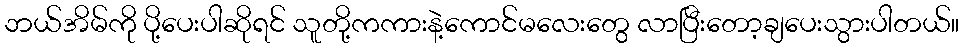
ဘယ်အိမ်ကို ပို့ပေးပါဆိုရင် သူတို့ကကားနဲ့ကောင်မလေးတွေ လာပြီးတော့ချပေးသွားပါတယ်။